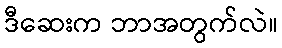
ဒီဆေးက ဘာအတွက်လဲ။